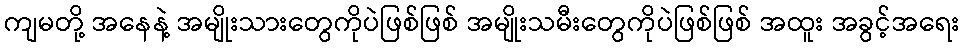
ကျမတို့ အနေနဲ့ အမျိုးသားတွေကိုပဲဖြစ်ဖြစ် အမျိုးသမီးတွေကိုပဲဖြစ်ဖြစ် အထူး အခွင့်အရေး